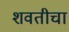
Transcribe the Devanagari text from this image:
शवतीचा